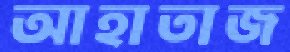
আহাতাজ